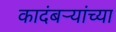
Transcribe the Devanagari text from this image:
कादंबऱ्यांच्या